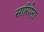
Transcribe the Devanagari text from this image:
सारिऐना